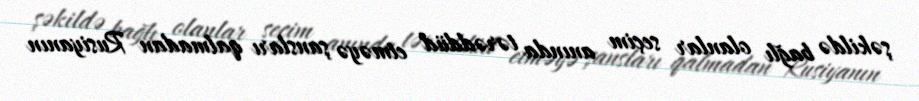
şəkildə bağlı olanlar seçim anında tərəddüd etməyə şansları qalmadan Rusiyanın